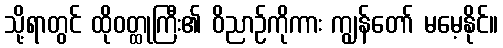
သို့ရာတွင် ထိုဝတ္ထုကြီး၏ ဝိညာဉ်ကိုကား ကျွန်တော် မမေ့နိုင်။